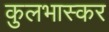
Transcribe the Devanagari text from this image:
कुलभास्कर